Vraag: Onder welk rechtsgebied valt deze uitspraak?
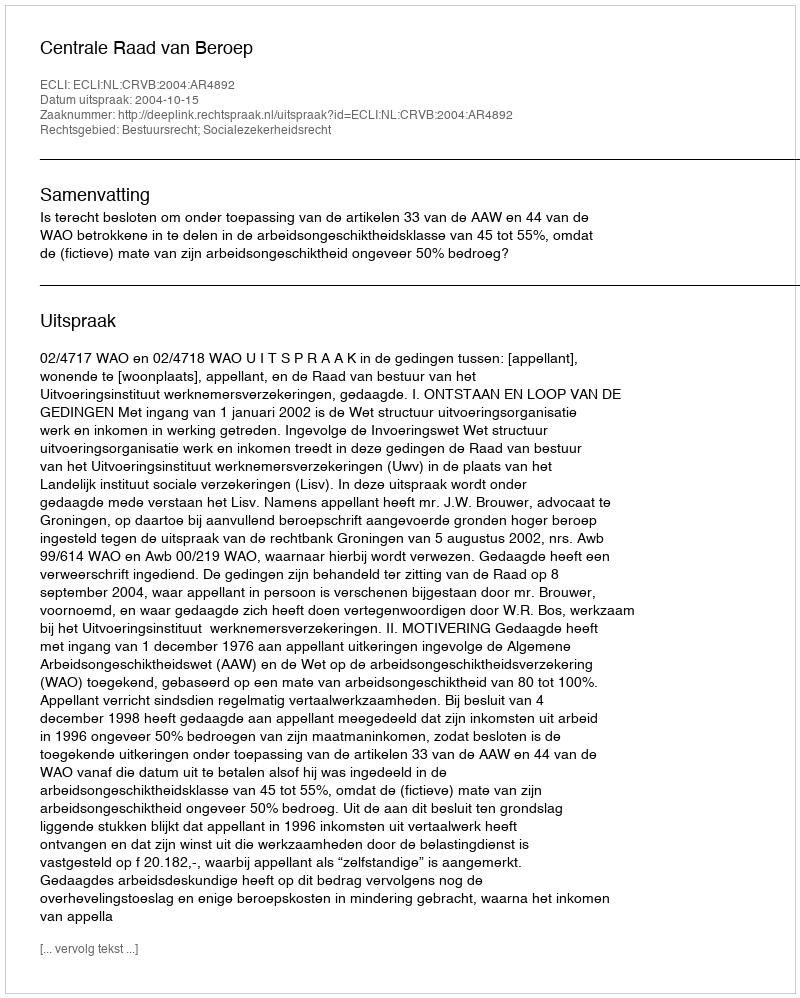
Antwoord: Bestuursrecht; Socialezekerheidsrecht